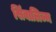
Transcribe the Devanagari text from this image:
सिंबालिज्म